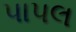
પાપલ